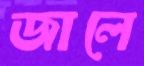
জালে